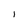
Character: l